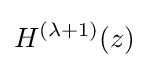
H^{(\lambda +1)}(z)